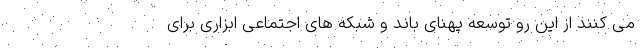
می کنند از این رو توسعه پهنای باند و شبکه های اجتماعی ابزاری برای